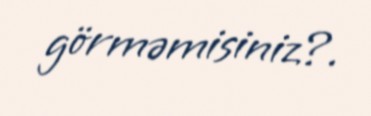
görməmisiniz?.